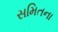
સમિતના